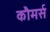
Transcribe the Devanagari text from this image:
कौमर्स